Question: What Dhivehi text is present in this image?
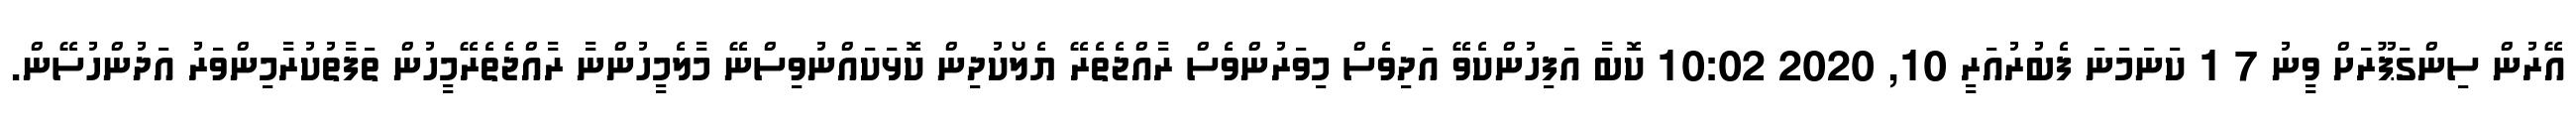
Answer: އޭރުން ސިންގަޕޫރަށް ވީނު 7 1 ކަނަމަނަ ފެބުރުއަރީ 10, 2020 10:02 ކޮބާ އަފިހުންކެވޭ އަދިވެސް މިވަރުންވެސް ރާއްޖެތެރޭ ޔެލޯކުދިން ކޮޅަކައްނުވިސްނޭ މާލެމީހުންނާ ރާއްޖެތެރޭމީހުން ތަފާތުކުރާމިންވަރު އަދުންހުސޭން.